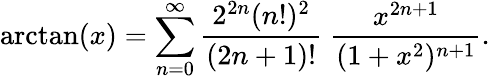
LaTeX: \arctan(x)=\sum_{n=0}^{\infty}{\frac{2^{2n}(n!)^{2}}{(2n+1)!}}\; {\frac{x^{2n+1}}{(1+x^{2})^{n+1}}}.